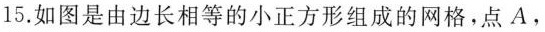
15.如图是由边长相等的小正方形组成的网格，点A，